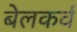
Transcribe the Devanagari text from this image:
बेलकर्व